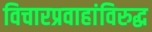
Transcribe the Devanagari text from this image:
विचारप्रवाहांविरुद्ध